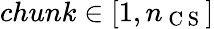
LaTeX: chunk\in[1,n_{\mathrm{~C~S~}}]